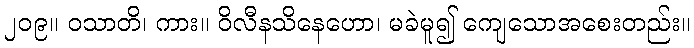
၂၀၉။ ဝသာတိ၊ ကား။ ဝိလီနသိနေဟော၊ မခဲမူ၍ ကျေသောအစေးတည်း။